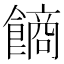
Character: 𩝾